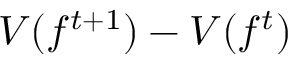
V ( f ^ { t + 1 } ) - V ( f ^ { t } )